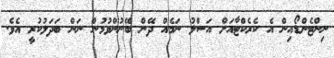
ނިންޓެންޑޯއިން އެ ކެރެކްޓާއަށް އަސްލު ނަމެއް ދޭން ބޭނުންވުމުން ނަން ބަދަލުކުރީ އެވެ.